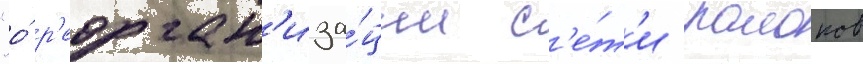
"о́ р'еорган'иза́ции с'е́т'и раионов